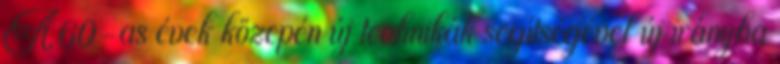
A 60-as évek közepén új technikák segítségével új irányba